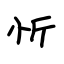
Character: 忻